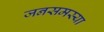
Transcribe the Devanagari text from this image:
जनसमस्या